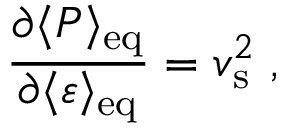
{ \frac { \partial \langle { \cal P } \rangle _ { \mathrm { e q } } } { \partial \langle \varepsilon \rangle _ { \mathrm { e q } } } } = v _ { \mathrm { s } } ^ { 2 } \; ,